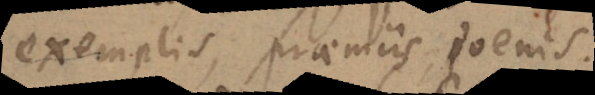
exemplis, praemiis, poenis.